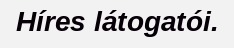
Híres látogatói.